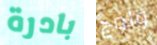
بادرة ولوج